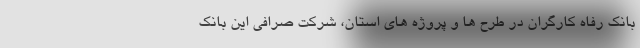
بانک رفاه کارگران در طرح ها و پروژه های استان، شرکت صرافی این بانک